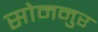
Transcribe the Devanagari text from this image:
सोमनुर